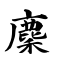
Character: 麇